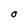
Character: O